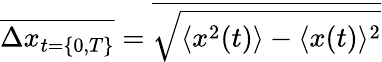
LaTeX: \overline{{\Delta x_{t=\{ 0,T\} }}}=\overline{{\sqrt{\langle x^{2}(t)\rangle-\langle x(t)\rangle^{2}}}}